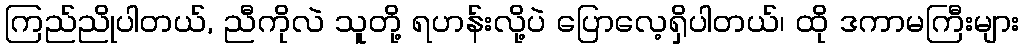
ကြည်ညိုပါတယ်, ညီကိုလဲ သူတို့ ရဟန်းလို့ပဲ ပြောလေ့ရှိပါတယ်၊ ထို ဒကာမကြီးများ